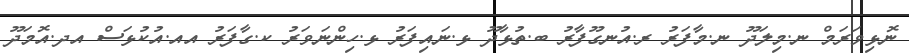
ނޮޅިވަރަމް ނ.މިލަދޫ ނ.މާފަރު ރ.އުނގޫފާރު ބ.ތުޅާދޫ ޅ.ނައިފަރު ޅ.ހިންނަވަރު ކ.ގާފަރު އއ.އުކުޅަސް އދ.އޮމަދޫ